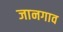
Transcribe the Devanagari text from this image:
जानगाव